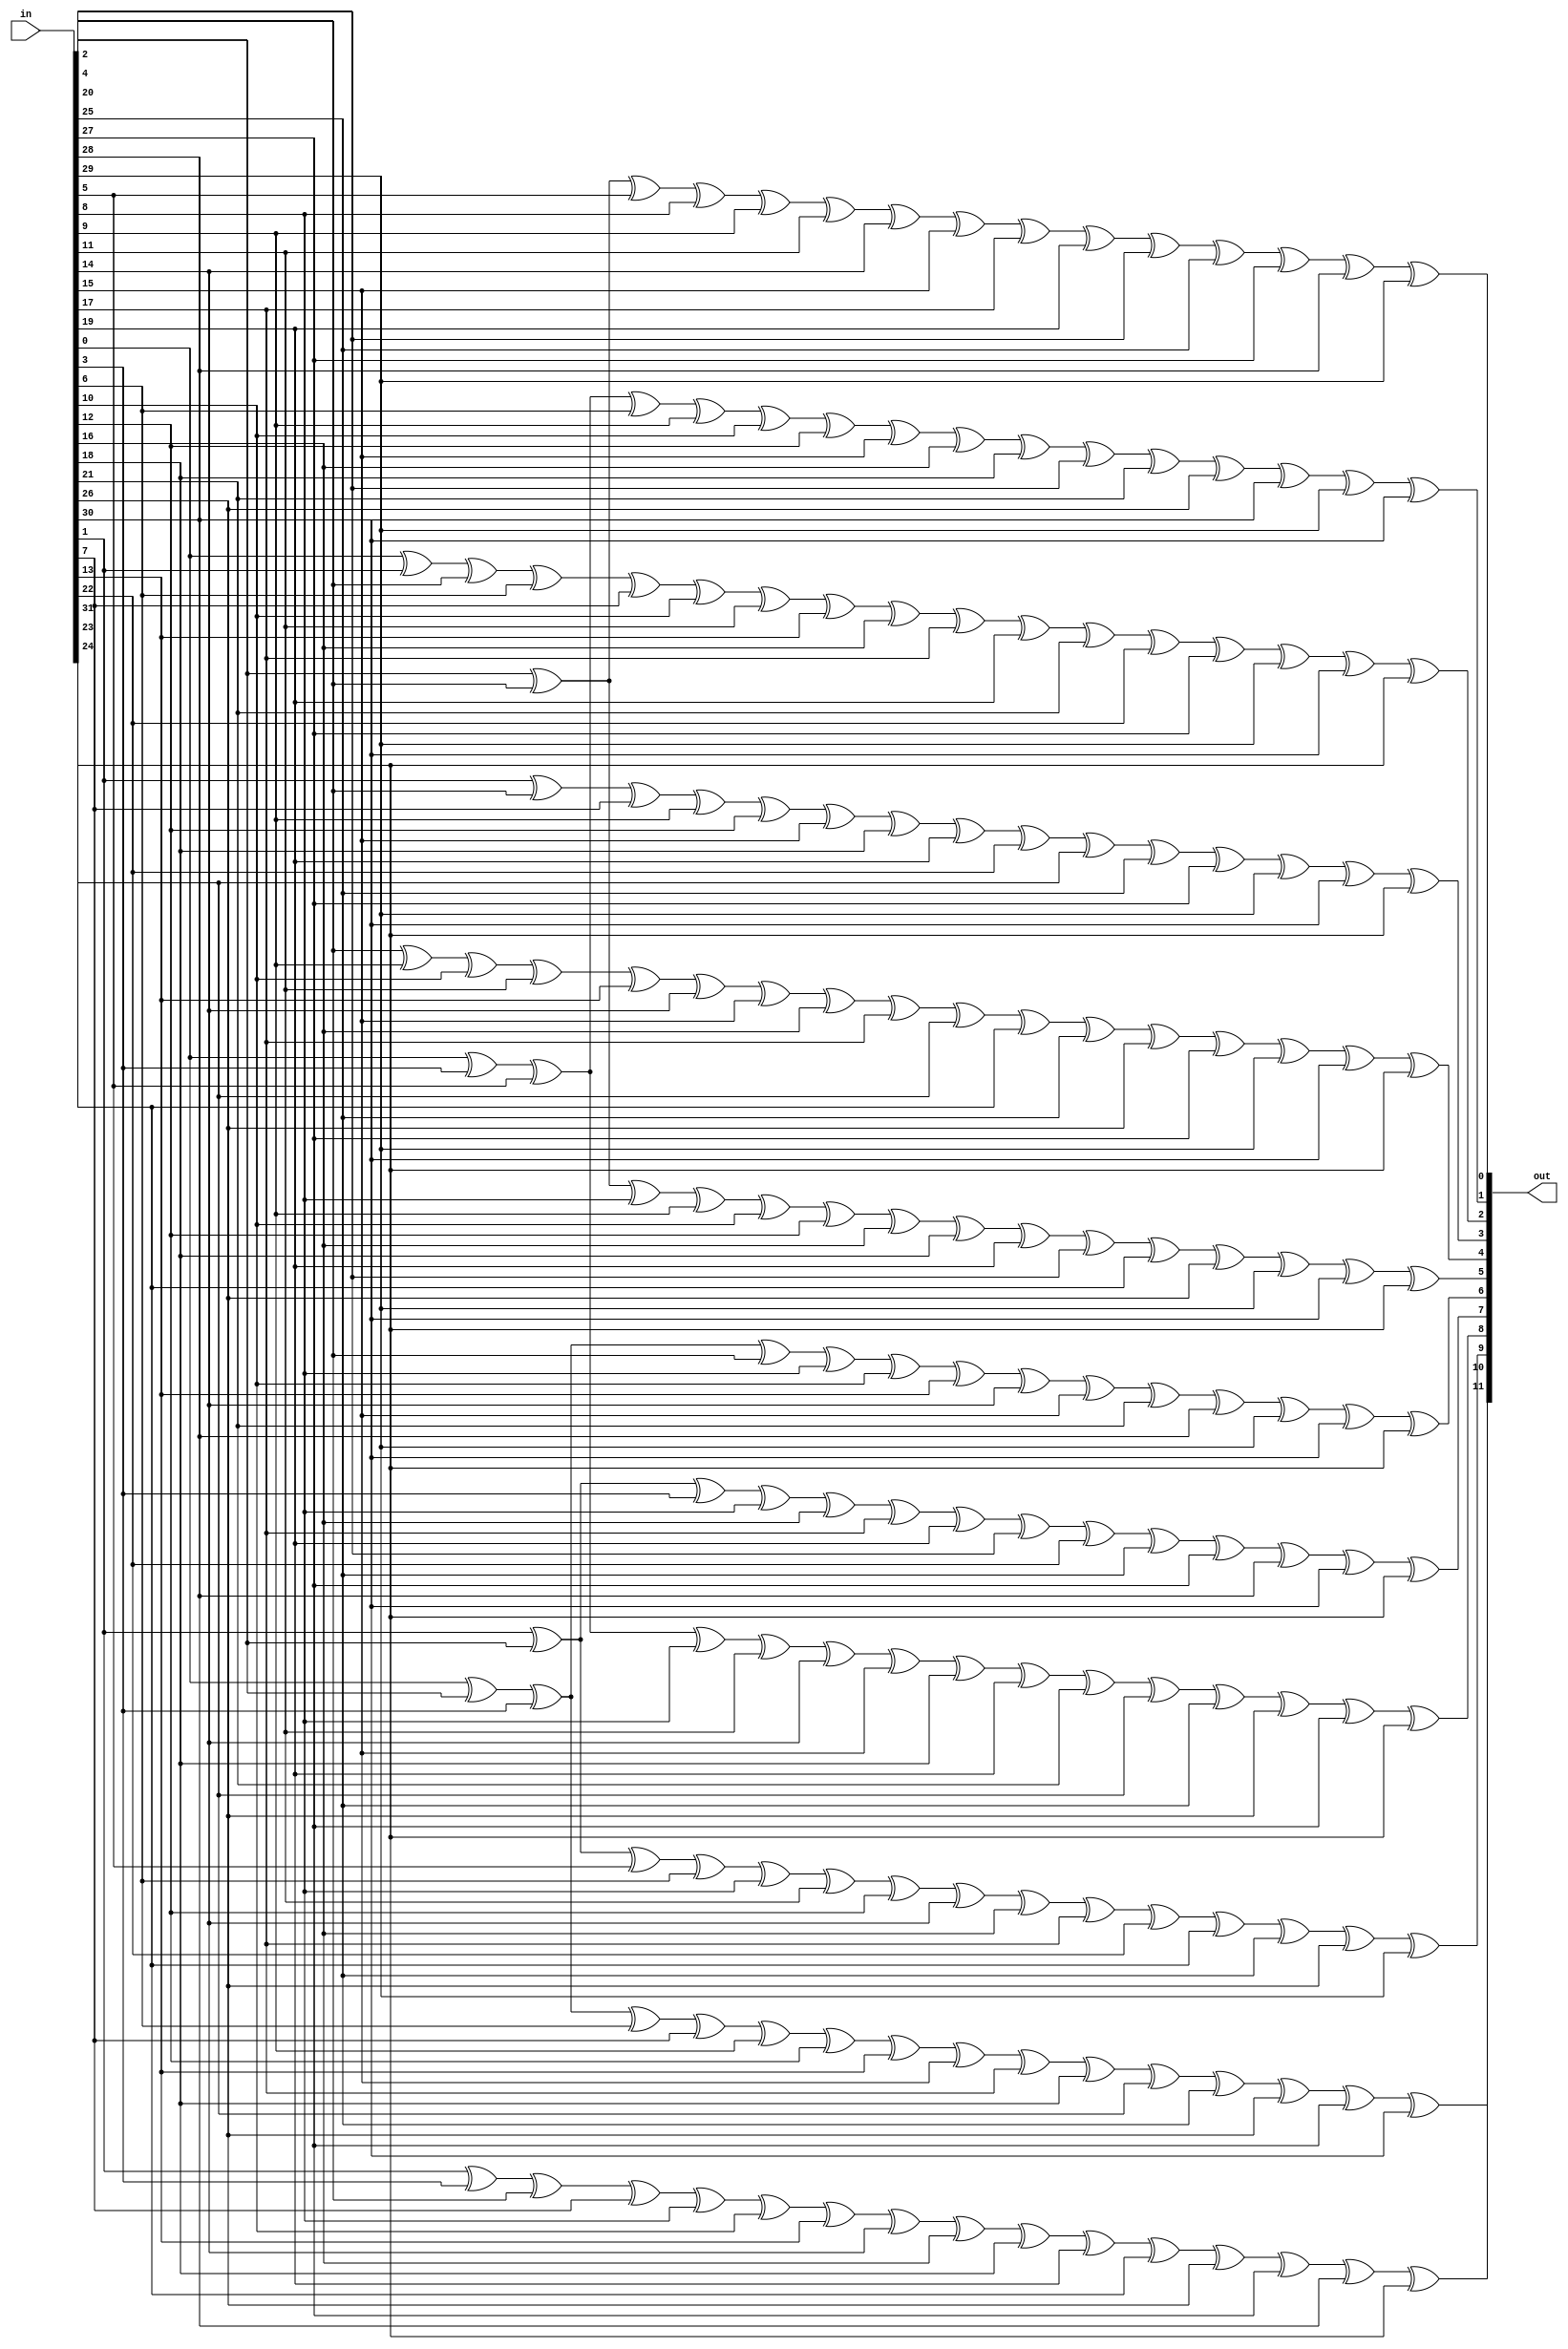
// checksum.v

// Table for crc polynomial 0x3F9.  This polynomial was chosen due to its
// ability to correct any contiguous string of bit-flips, and minimum gate
// complexity among those able to do so.
module crc12(in, out);
    input [31:0] in;
    output [11:0] out;

    assign out[0] = in[2] ^ in[4] ^ in[5] ^ in[8] ^ in[9] ^ in[11] ^ in[14] ^ in[15] ^ in[17] ^ in[19] ^ in[20] ^ in[25] ^ in[27] ^ in[28] ^ in[29];
    assign out[1] = in[0] ^ in[3] ^ in[5] ^ in[6] ^ in[9] ^ in[10] ^ in[12] ^ in[15] ^ in[16] ^ in[18] ^ in[20] ^ in[21] ^ in[26] ^ in[28] ^ in[29] ^ in[30];
    assign out[2] = in[0] ^ in[1] ^ in[4] ^ in[6] ^ in[7] ^ in[10] ^ in[11] ^ in[13] ^ in[16] ^ in[17] ^ in[19] ^ in[21] ^ in[22] ^ in[27] ^ in[29] ^ in[30] ^ in[31];
    assign out[3] = in[1] ^ in[4] ^ in[7] ^ in[9] ^ in[12] ^ in[15] ^ in[18] ^ in[19] ^ in[22] ^ in[23] ^ in[25] ^ in[27] ^ in[29] ^ in[30] ^ in[31];
    assign out[4] = in[4] ^ in[9] ^ in[10] ^ in[11] ^ in[13] ^ in[14] ^ in[15] ^ in[16] ^ in[17] ^ in[23] ^ in[24] ^ in[25] ^ in[26] ^ in[27] ^ in[29] ^ in[30] ^ in[31];
    assign out[5] = in[2] ^ in[4] ^ in[8] ^ in[9] ^ in[10] ^ in[12] ^ in[16] ^ in[18] ^ in[19] ^ in[20] ^ in[24] ^ in[26] ^ in[29] ^ in[30] ^ in[31];
    assign out[6] = in[0] ^ in[2] ^ in[3] ^ in[4] ^ in[8] ^ in[10] ^ in[13] ^ in[14] ^ in[15] ^ in[21] ^ in[28] ^ in[29] ^ in[30] ^ in[31];
    assign out[7] = in[1] ^ in[2] ^ in[3] ^ in[8] ^ in[16] ^ in[17] ^ in[19] ^ in[20] ^ in[22] ^ in[25] ^ in[27] ^ in[28] ^ in[30] ^ in[31];
    assign out[8] = in[0] ^ in[3] ^ in[5] ^ in[8] ^ in[11] ^ in[14] ^ in[15] ^ in[18] ^ in[19] ^ in[21] ^ in[23] ^ in[25] ^ in[26] ^ in[27] ^ in[31];
    assign out[9] = in[1] ^ in[2] ^ in[5] ^ in[6] ^ in[8] ^ in[11] ^ in[12] ^ in[14] ^ in[16] ^ in[17] ^ in[22] ^ in[24] ^ in[25] ^ in[26] ^ in[29];
    assign out[10] = in[0] ^ in[2] ^ in[3] ^ in[6] ^ in[7] ^ in[9] ^ in[12] ^ in[13] ^ in[15] ^ in[17] ^ in[18] ^ in[23] ^ in[25] ^ in[26] ^ in[27] ^ in[30];
    assign out[11] = in[1] ^ in[3] ^ in[4] ^ in[7] ^ in[8] ^ in[10] ^ in[13] ^ in[14] ^ in[16] ^ in[18] ^ in[19] ^ in[24] ^ in[26] ^ in[27] ^ in[28] ^ in[31];
endmodule